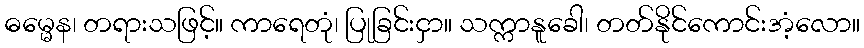
ဓမ္မေန၊ တရားသဖြင့်။ ကာရေတုံ၊ ပြုခြင်းငှာ။ သက္ကာနူခေါ၊ တတ်နိုင်ကောင်းအံ့လော။